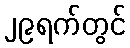
၂၉ရက်တွင်